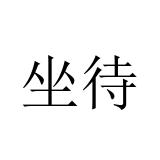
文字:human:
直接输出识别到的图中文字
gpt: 坐待